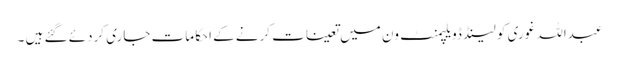
عبداللہ غوری کو لینڈ ڈویلپمنٹ ون میں تعینات کرنے کے احکامات جاری کردئے گئے ہیں ۔